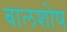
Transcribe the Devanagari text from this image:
बालशोष